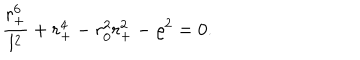
LaTeX: { \frac { r _ { + } ^ { 6 } } { l ^ { 2 } } } + r _ { + } ^ { 4 } - r _ { 0 } ^ { 2 } r _ { + } ^ { 2 } - \varrho ^ { 2 } = 0 .